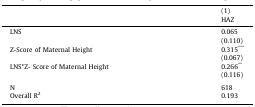
<table><thead><tr><td></td><td><b>(1)HAZ</b></td></tr></thead><tbody><tr><td>LNS</td><td>0.065</td></tr><tr><td></td><td>(0.110)</td></tr><tr><td>Z-Score of Maternal Height</td><td>0.315<sup>***</sup></td></tr><tr><td></td><td>(0.067)</td></tr><tr><td>LNS*Z- Score of Maternal Height</td><td>0.266<sup>**</sup></td></tr><tr><td></td><td>(0.116)</td></tr><tr><td colspan="2">  </td></tr><tr><td>N</td><td>618</td></tr><tr><td>Overall R<sup>2</sup></td><td>0.193</td></tr></tbody></table>